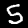
Digit: 5